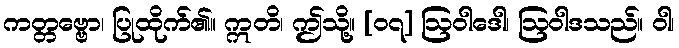
ကတ္တဗ္ဗော၊ ပြုထိုက်၏။ ဣတိ၊ ဤသို့။ [၀၇] ဩဝါဒေါ၊ ဩဝါဒသည်။ ဝါ၊